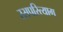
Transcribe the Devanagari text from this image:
रसपरित्याग